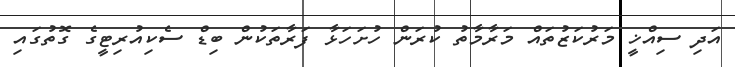
އަދި ސިއްޚީ މަރުކަޒުތައް މަރާމާތު ކުރަން ހުށަހަޅާ ފަރާތަކުން ބިޑް ސެކިއުރިޓީގެ ގޮތުގައި